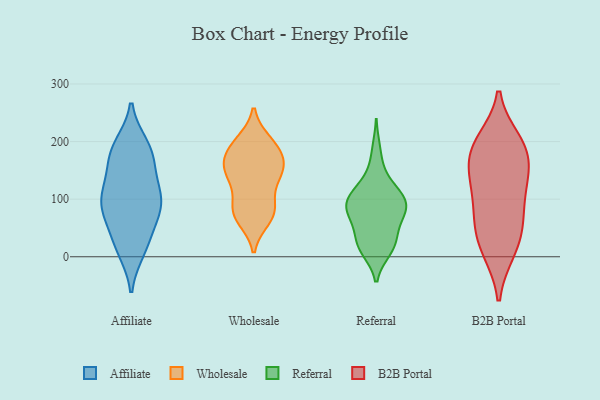
{"axis": {"x": "Active Users", "y": "Value"}, "legend": ["Affiliate", "B2B Portal", "Referral", "Wholesale"], "data": [{"x": "", "y": 67, "type": "Affiliate"}, {"x": "", "y": 120, "type": "Affiliate"}, {"x": "", "y": 104, "type": "Affiliate"}, {"x": "", "y": 69, "type": "Affiliate"}, {"x": "", "y": 90, "type": "Affiliate"}, {"x": "", "y": 169, "type": "Affiliate"}, {"x": "", "y": 23, "type": "Affiliate"}, {"x": "", "y": 116, "type": "Affiliate"}, {"x": "", "y": 179, "type": "Affiliate"}, {"x": "", "y": 162, "type": "Affiliate"}, {"x": "", "y": 12, "type": "Affiliate"}, {"x": "", "y": 193, "type": "Affiliate"}, {"x": "", "y": 85, "type": "Affiliate"}, {"x": "", "y": 191, "type": "Affiliate"}, {"x": "", "y": 100, "type": "Affiliate"}, {"x": "", "y": 20, "type": "Affiliate"}, {"x": "", "y": 197, "type": "Wholesale"}, {"x": "", "y": 78, "type": "Wholesale"}, {"x": "", "y": 66, "type": "Wholesale"}, {"x": "", "y": 78, "type": "Wholesale"}, {"x": "", "y": 142, "type": "Wholesale"}, {"x": "", "y": 164, "type": "Wholesale"}, {"x": "", "y": 76, "type": "Wholesale"}, {"x": "", "y": 136, "type": "Wholesale"}, {"x": "", "y": 188, "type": "Wholesale"}, {"x": "", "y": 199, "type": "Wholesale"}, {"x": "", "y": 144, "type": "Wholesale"}, {"x": "", "y": 90, "type": "Wholesale"}, {"x": "", "y": 165, "type": "Wholesale"}, {"x": "", "y": 179, "type": "Wholesale"}, {"x": "", "y": 142, "type": "Wholesale"}, {"x": "", "y": 96, "type": "Referral"}, {"x": "", "y": 13, "type": "Referral"}, {"x": "", "y": 21, "type": "Referral"}, {"x": "", "y": 70, "type": "Referral"}, {"x": "", "y": 11, "type": "Referral"}, {"x": "", "y": 94, "type": "Referral"}, {"x": "", "y": 145, "type": "Referral"}, {"x": "", "y": 32, "type": "Referral"}, {"x": "", "y": 118, "type": "Referral"}, {"x": "", "y": 59, "type": "Referral"}, {"x": "", "y": 86, "type": "Referral"}, {"x": "", "y": 18, "type": "Referral"}, {"x": "", "y": 119, "type": "Referral"}, {"x": "", "y": 93, "type": "Referral"}, {"x": "", "y": 49, "type": "Referral"}, {"x": "", "y": 99, "type": "Referral"}, {"x": "", "y": 185, "type": "Referral"}, {"x": "", "y": 81, "type": "Referral"}, {"x": "", "y": 89, "type": "Referral"}, {"x": "", "y": 59, "type": "B2B Portal"}, {"x": "", "y": 190, "type": "B2B Portal"}, {"x": "", "y": 189, "type": "B2B Portal"}, {"x": "", "y": 200, "type": "B2B Portal"}, {"x": "", "y": 137, "type": "B2B Portal"}, {"x": "", "y": 46, "type": "B2B Portal"}, {"x": "", "y": 128, "type": "B2B Portal"}, {"x": "", "y": 72, "type": "B2B Portal"}, {"x": "", "y": 11, "type": "B2B Portal"}, {"x": "", "y": 183, "type": "B2B Portal"}, {"x": "", "y": 12, "type": "B2B Portal"}, {"x": "", "y": 152, "type": "B2B Portal"}, {"x": "", "y": 106, "type": "B2B Portal"}]}